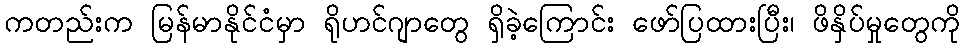
ကတည်းက မြန်မာနိုင်ငံမှာ ရိုဟင်ဂျာတွေ ရှိခဲ့ကြောင်း ဖော်ပြထားပြီး၊ ဖိနှိပ်မှုတွေကို